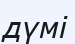
дүмі